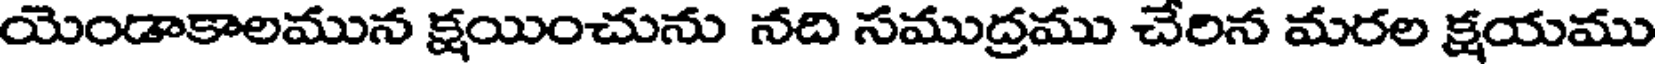
యెండాకాలమున క్షయించును నది సముద్రము చేరిన మరల క్షయము